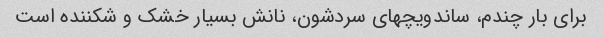
برای بار چندم، ساندویچهای سردشون، نانش بسیار خشک و شکننده است